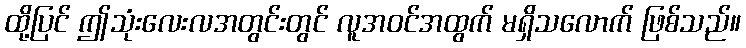
ထို့ပြင် ဤသုံးလေးလအတွင်းတွင် လူအဝင်အထွက် မရှိသလောက် ဖြစ်သည်။